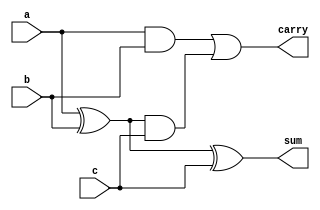
module full_adder1(a,b,c,sum,carry);

input a;
input b;
input c;
output sum;
output carry;

wire o4,o3,o5;

xor a_xor_b(o4,a,b);
and a_and_b(o3,a,b);

xor sum0(sum,o4,c);
and temp(o5,o4,c);

or carry0(carry,o3,o5);

endmodule